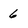
Character: 6